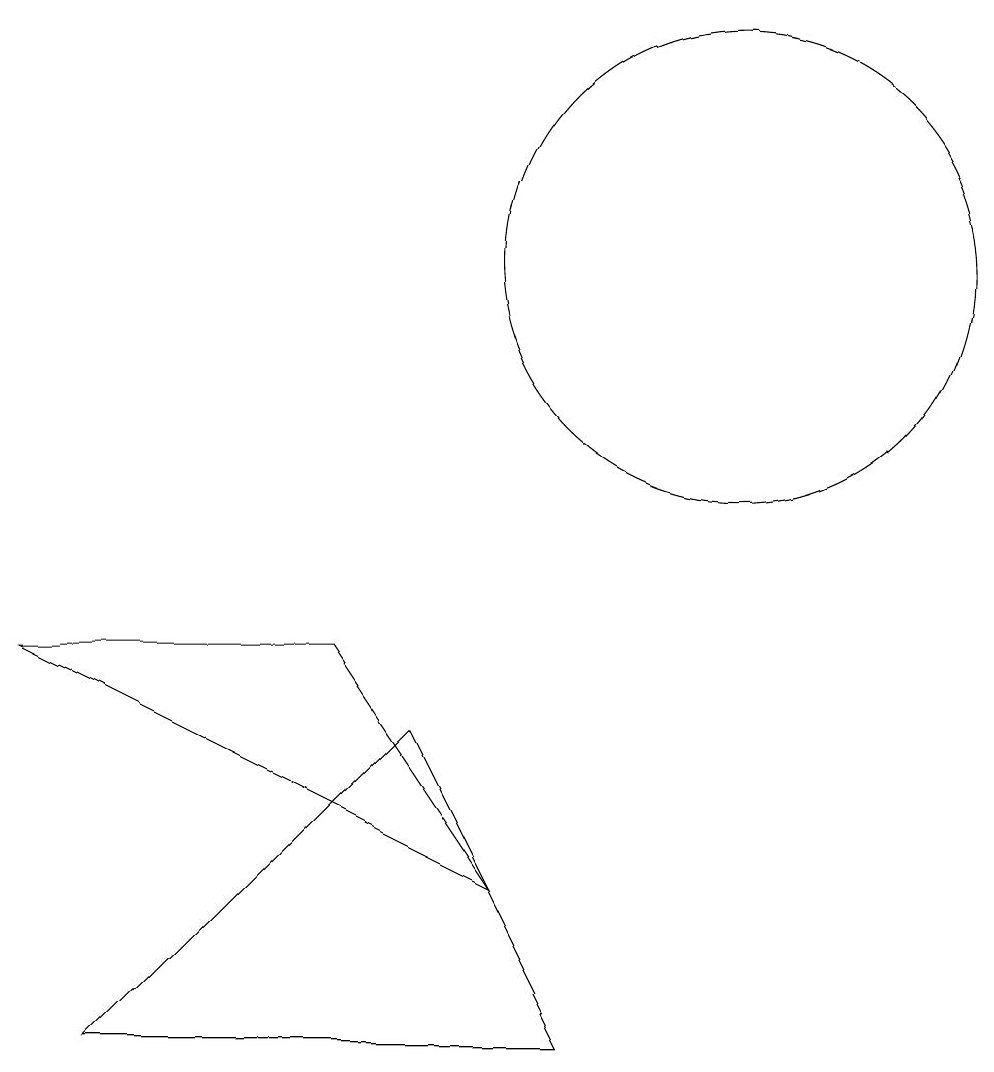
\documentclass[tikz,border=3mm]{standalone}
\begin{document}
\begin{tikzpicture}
\draw (2,6) -- (6,6) -- (8,3) -- cycle;
\draw (11,11) circle (3);
\draw (9,1) -- (3,1) -- (7,5) -- cycle;
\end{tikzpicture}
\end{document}